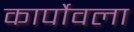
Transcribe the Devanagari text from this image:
कार्पोवला